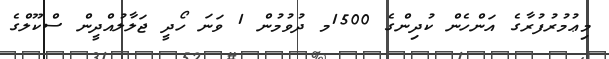
މިޢުމުރުފުރާގެ އަންހެން ކުދިންގެ 1500މ ދުވުމުން 1 ވަނަ ހޯދީ ޖަލާލުއްދީން ސްކޫލްގެ